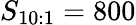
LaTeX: S_{10:1}=800